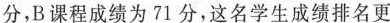
分，B课程成绩为71分，这名学生成绩排名更